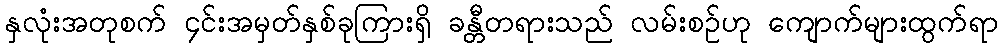
နှလုံးအတုစက် ၄င်းအမှတ်နှစ်ခုကြားရှိ ခန္တီတရားသည် လမ်းစဉ်ဟု ကျောက်များထွက်ရာ